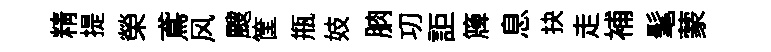
精提榮鳶风颼筐瓶妓朒㓛詎簰息抉走補髦蒙